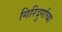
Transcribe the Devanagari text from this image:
गिरिदुर्गांच्या